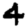
Digit: 4